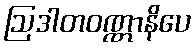
ဩဒါတဝဏ္ဏာနိပေ